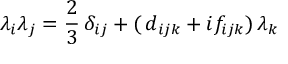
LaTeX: \lambda _ { i } \lambda _ { j } = \frac { 2 } { 3 } \, \delta _ { i j } + ( \, d _ { i j k } + i f _ { i j k } ) \, \lambda _ { k }